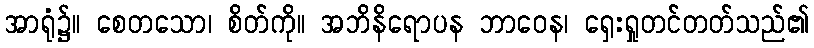
အာရုံ၌။ စေတသော၊ စိတ်ကို။ အဘိနိရောပန ဘာဝေန၊ ရှေးရှုတင်တတ်သည်၏